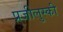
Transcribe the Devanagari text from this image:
प्रजीलुस्की